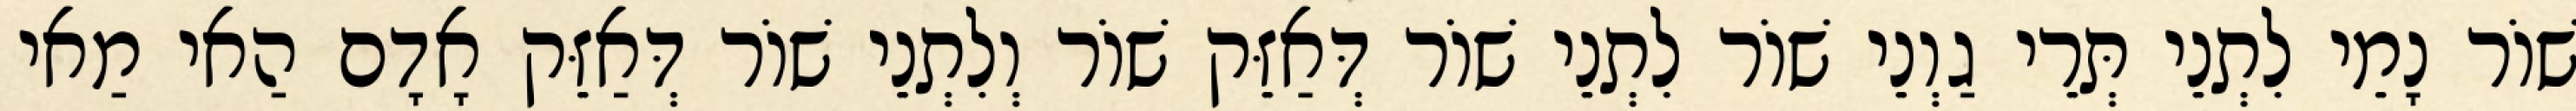
שׁוֹר נָמֵי לִתְנֵי תְּרֵי גַוְנֵי שׁוֹר לִתְנֵי שׁוֹר דְּאַזֵּק שׁוֹר וְלִתְנֵי שׁוֹר דְּאַזֵּק אָדָם הַאי מַאי